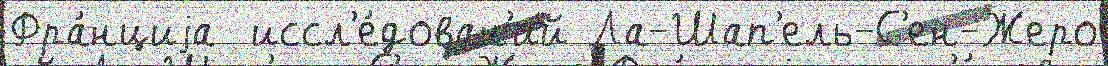
Фра́нциjа  иссл'е́дован'ий Ла-Шап'ель-С'ен-Жеро